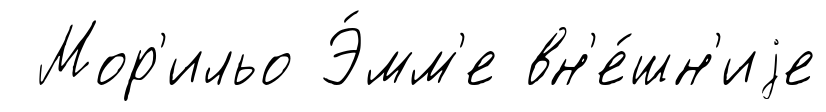
Мор'ильо Э́мм'е вн'е́шн'иjе